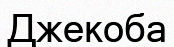
Джекоба